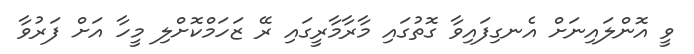
ވީ އޮންލައިނަށް އެނގިފައިވާ ގޮތުގައި މާރާމާރީގައި ރޭ ޒަހަމްކޮށްލި މީހާ އަށް ފަރުވާ